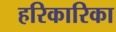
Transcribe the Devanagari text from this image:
हरिकारिका